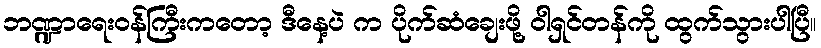
ဘဏ္ဍာရေးဝန်ကြီးကတော့ ဒီနေ့ပဲ က ပိုက်ဆံချေးဖို့ ဝါရှင်တန်ကို ထွက်သွားပါပြီ။